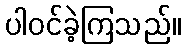
ပါဝင်ခဲ့ကြသည်။